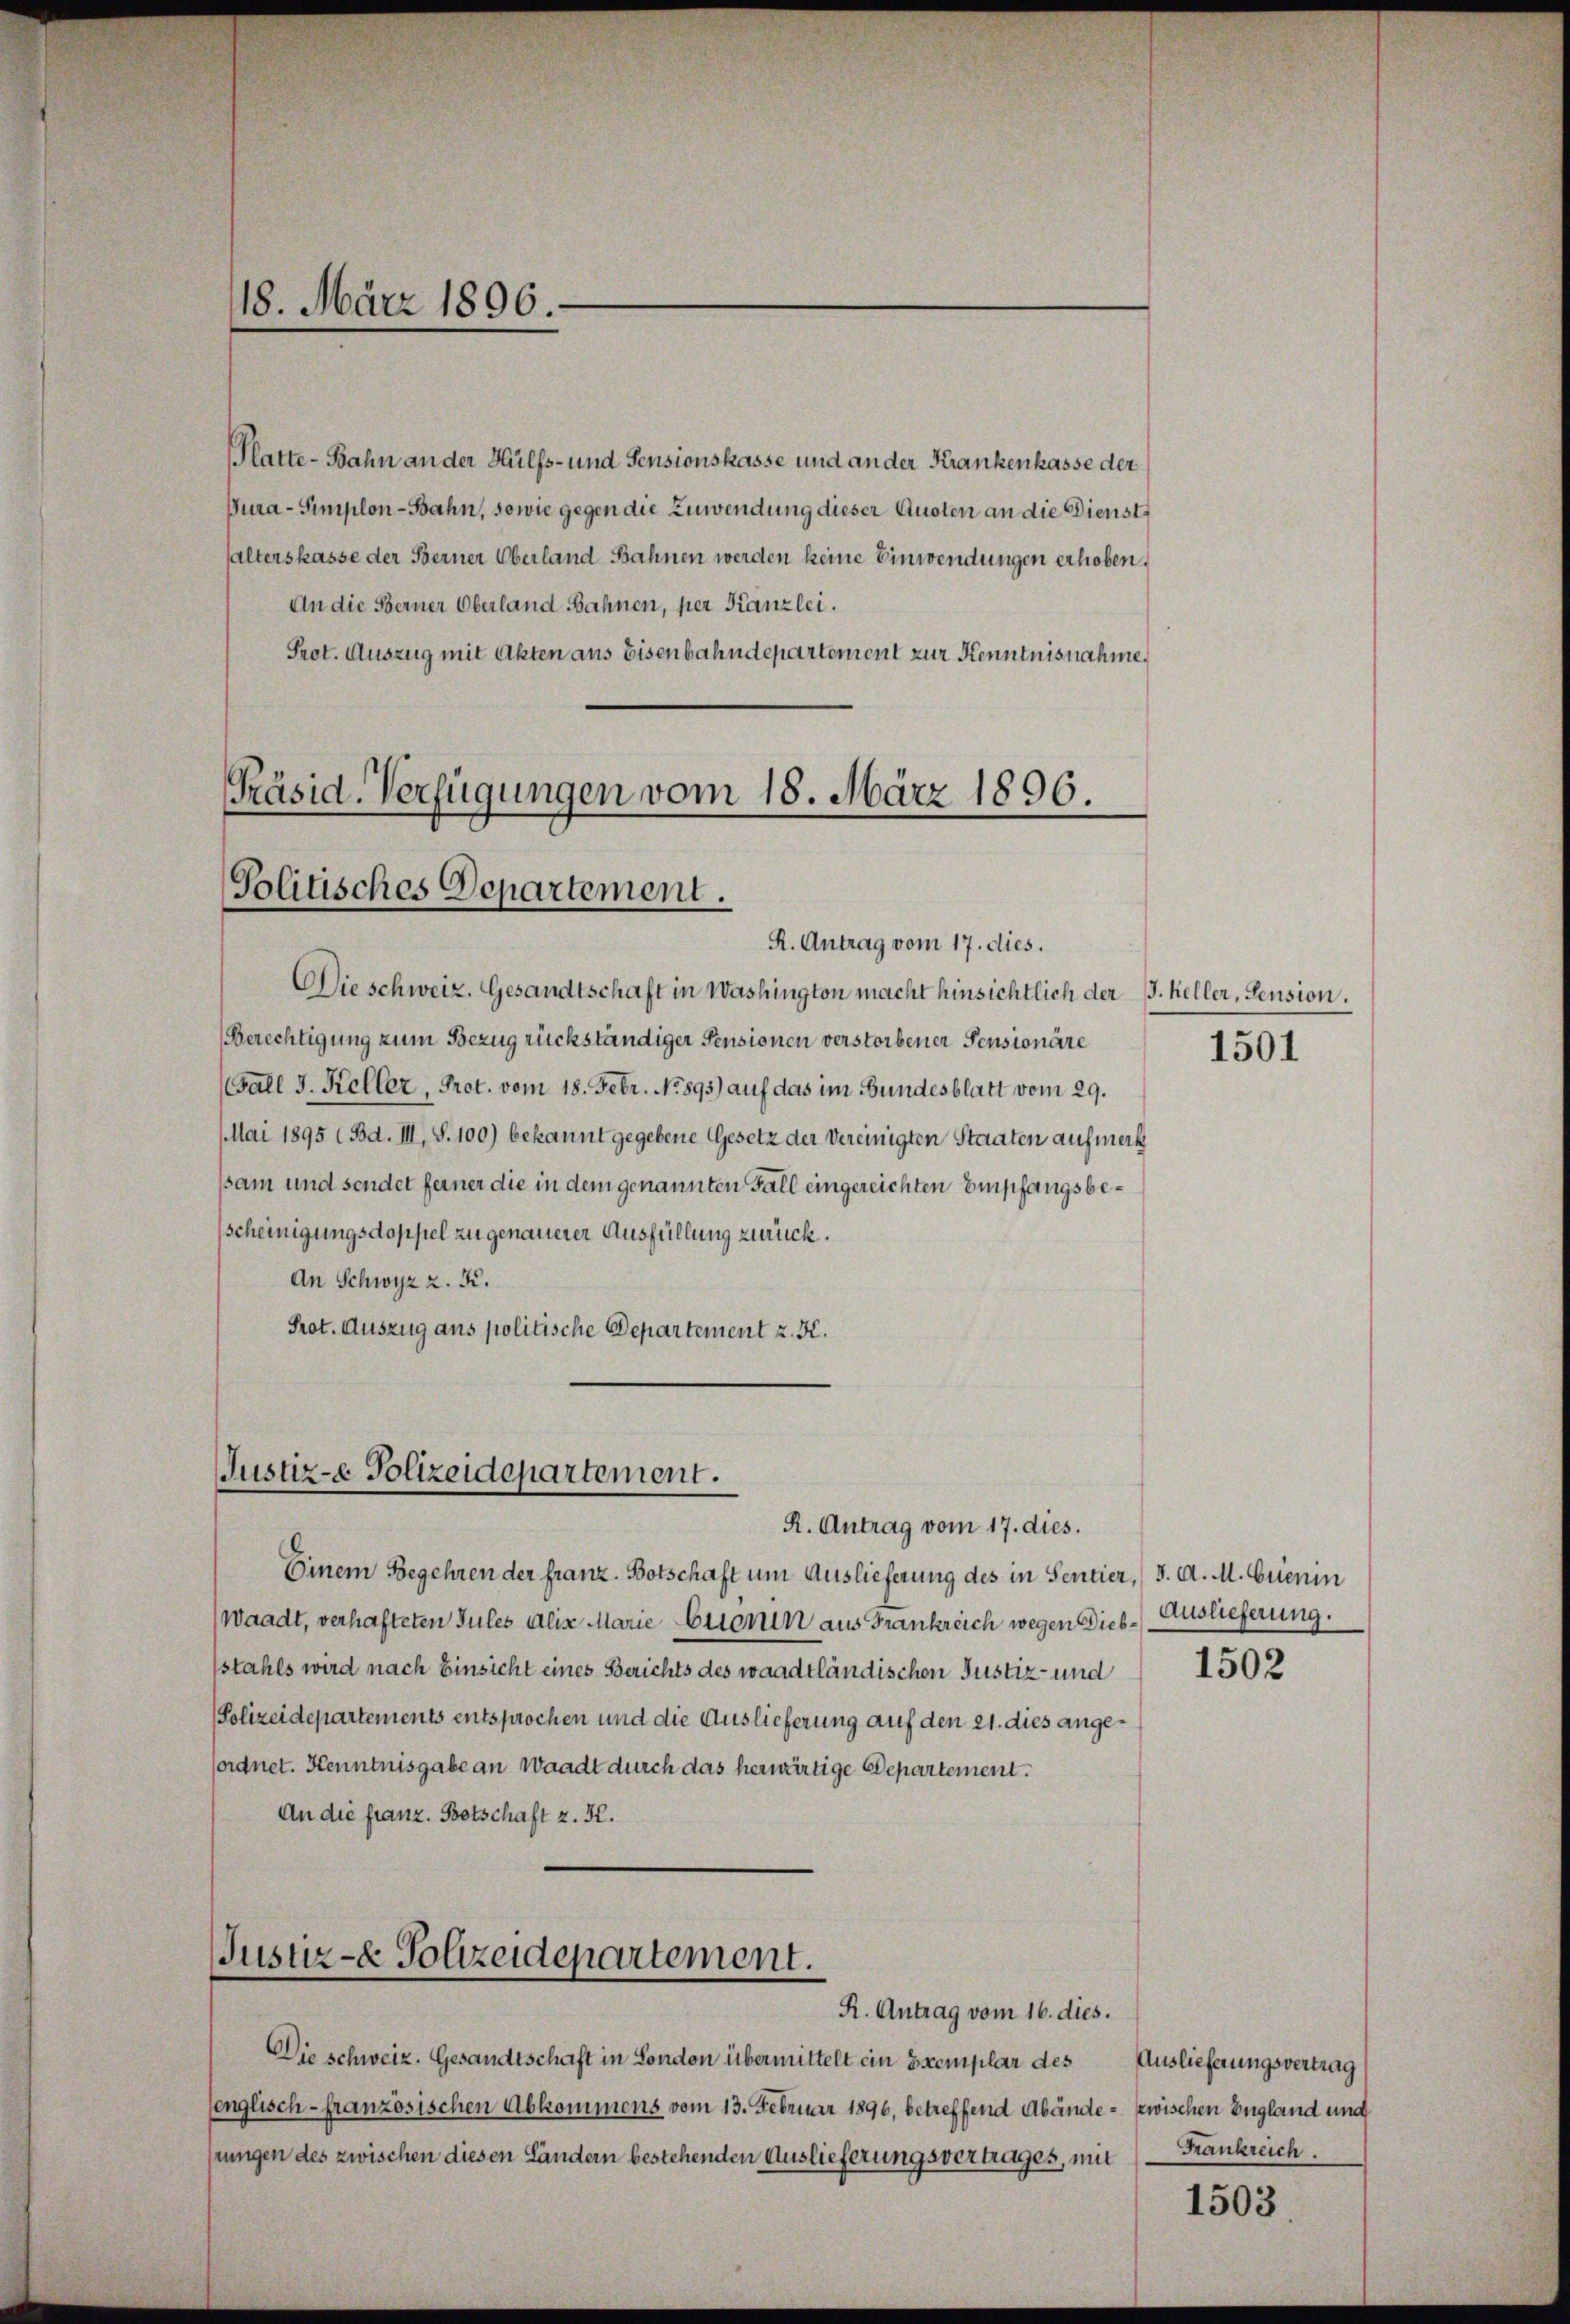
18. März 1896.

Platte-Bahn an der Hülfs- und Pensionskasse und an der Krankenkasse der
Pura-Simplon-Bahn, sowie gegen die Zuwendung dieser Quoten an die Dienst
halterskasse der Berner Oberland Bahnen werden keine Einwendungen erhoben,
An die Berner Oberland Bahnen, per Kanzlei.
Prot. Auszug mit Akten aus Eisenbahndepartement zur Kenntnisnahme,
Präsid. Verfügungen vom 18. März 1806.

Politisches Departement.
R. Antrag vom 17. dies.

Die schweiz. Gesandtschaft in Washington macht hinsichtlich der J. Keller, Pension.
Berechtigung zum Bezug rückständiger Pensionen verstorbener Pensionäre
Ball J. Keller, Prot. vom 18. Febr. No. 893) auf das im Bundesblatt vom 29.
Mai 1895 (Bd. III, S. 100) bekannt gegebene Gesetz der Vereinigten Staaten aufmerk
psam und sendet ferner die in dem genannten Fall eingereichten Empfangsbescheinigungsdoppel zu genauerer Ausfüllung zurück.
An Schwyz z. K.
Prot. Auszug aus politische Departement z. K.

Justiz-e Polizeidepartement.

Einem Begehren der franz. Botschaft um Auslieferung des in Sentier, 3. A. M. Grienin
(Waadt, verhafteten Sules alis Marie Estern aus Frankreich wegen Diebstahls wird nach Einsicht eines Berichts des waadtländischen Justiz- und
Polizeidepartements entsprochen und die Auslieferung auf den 21. dies angesordnet. Kenntnisgabe an Waadt durch das herwärtige Departement.
An die franz. Botschaft z. K.

Justiz- & Polizeidepartement.
R. Antrag vom 16. dies.

Die schweiz. Gesandtschaft in London übermittelt ein Exemplar des

R. Antrag vom 17. dies.

senglisch-französischen Abkommens vom 13. Februar 1896, betreffend Abände - zwischen England und
rungen des zwischen diesen Ländern bestehenden Auslieferungsvertrages, mit

1501

Auslieferung.

1502

Auslieferungsvertrag
Frankreich.

1503